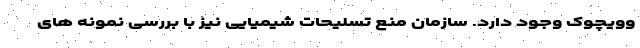
وویچوک وجود دارد. سازمان منع تسلیحات شیمیایی نیز با بررسی نمونه های